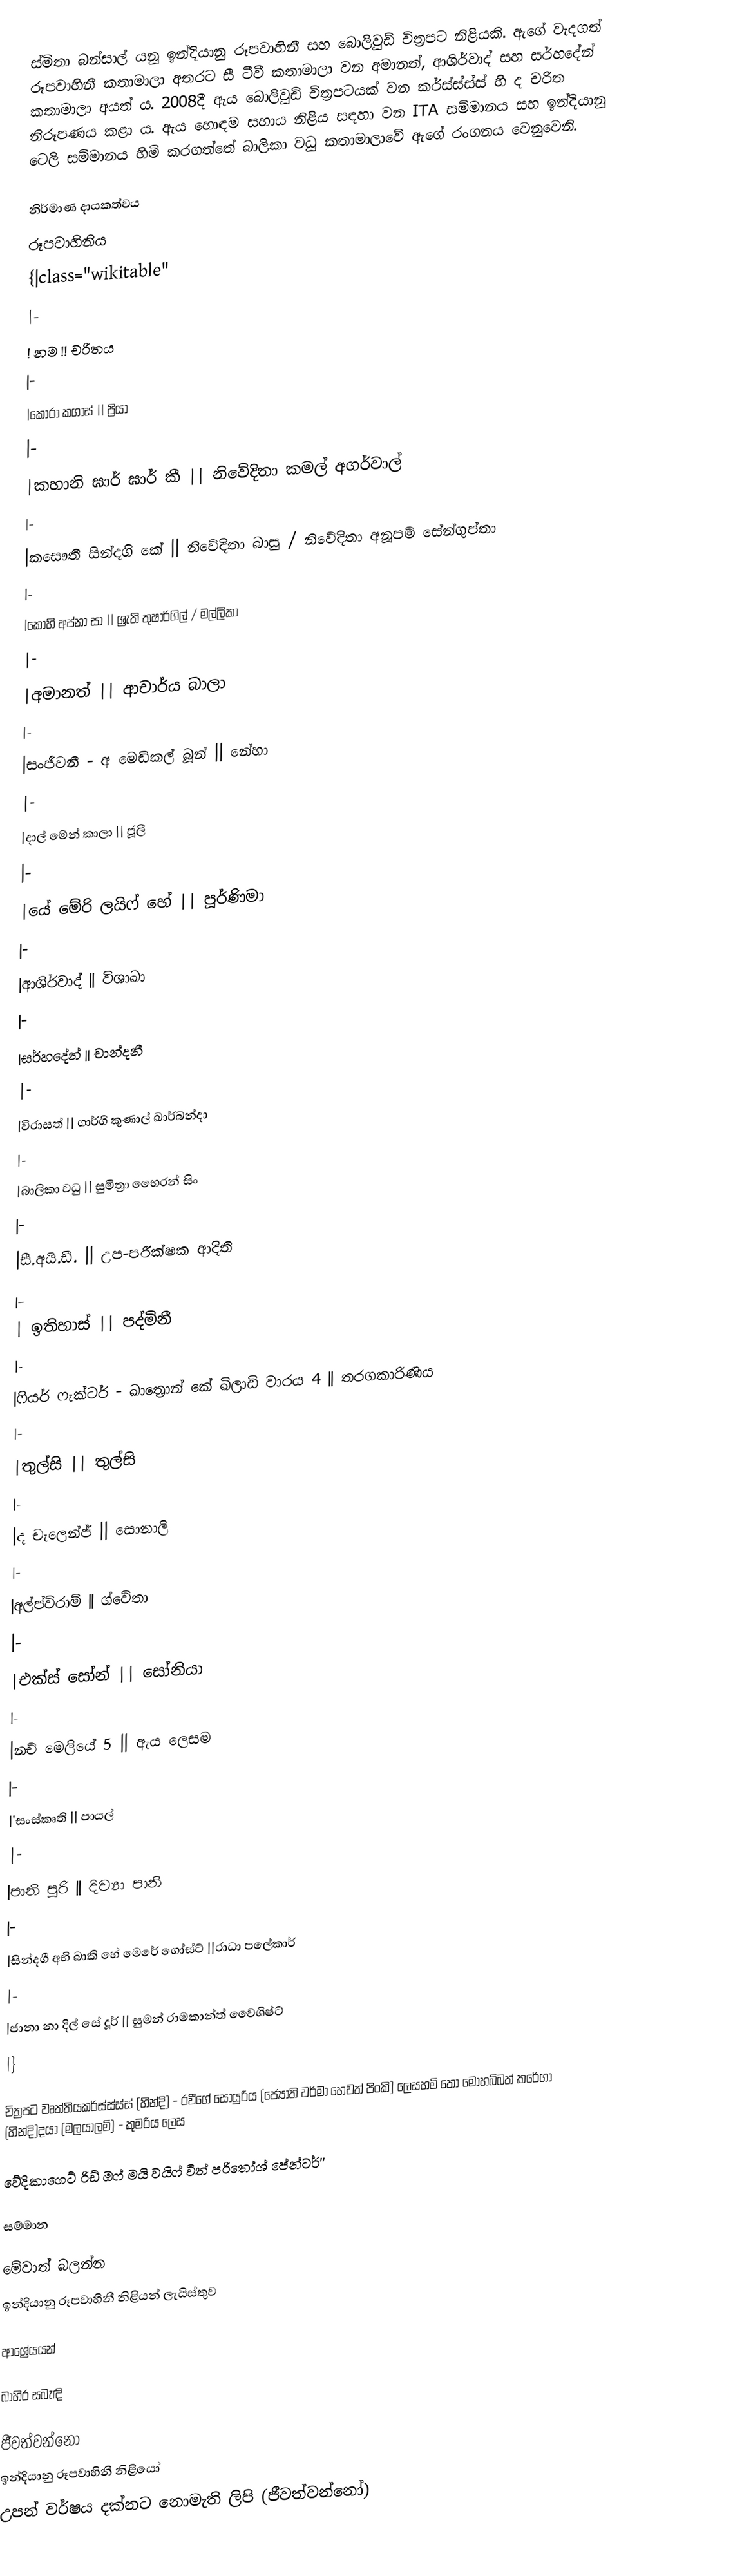
ස්මිතා බන්සාල් යනු ඉන්දියානු රූපවාහිනී සහ බොලිවුඩ් චිත්‍රපට නිළියකි. ඇගේ වැදගත් රූපවාහිනී කතාමාලා අතරට සී ටීවී කතාමාලා වන අමානත්, ආශිර්වාද් සහ සර්හදේන් කතාමාලා අයත් ය. 2008දී ඇය බොලිවුඩ් චිත්‍රපටයක් වන කර්ස්ස්ස්ස් හි ද චරිත නිරූපණය කළා ය. ඇය හොඳම සහාය නිළිය සඳහා වන ITA සම්මානය සහ ඉන්දියානු ටෙලි සම්මානය හිමි කරගත්තේ බාලිකා වධු කතාමාලාවේ ඇගේ රංගනය වෙනුවෙනි.

නිර්මාණ දායකත්වය
රූපවාහිනිය
{|class="wikitable"
|-
! නම !! චරිතය
|-
|කෝරා කගාස් || ප්‍රියා
|-
|කහානි ඝාර් ඝාර් කී || නිවේදිතා කමල් අගර්වාල්
|-
|කසෞතී සින්දගි කේ || නිවේදිතා බාසු / නිවේදිතා අනූපම් සේන්ගුප්තා
|-
|කොහි අප්නා සා || ශ්‍රැති තුෂාර්ගිල් / මල්ලිකා
|-
|අමානත් || ආචාර්ය බාලා
|-
|සංජීවනී - අ මෙඩිකල් බූන් || නේහා
|-
|දාල් මේන් කාලා || ජූලී
|-
|යේ මේරි ලයිෆ් හේ || පූර්ණිමා
|-
|ආශිර්වාද් || විශාඛා
|-
|සර්හදේන් || චාන්දනී
|-
|විරාසත් || ගාර්ගි කුණාල් ඛාර්බන්දා
|-
|බාලිකා වධු || සුමිත්‍රා භෛරන් සිං
|-
|සී.අයි.ඩී. || උප-පරීක්ෂක ආදිති
|-
| ඉතිහාස් || පද්මිනී
|-
|ෆියර් ෆැක්ටර් - ඛාත්‍රොන් කේ ඛිලාඩි වාරය 4 || තරගකාරිණිය
|-
|තුල්සි || තුල්සි
|-
|ද චැලෙන්ජ් || සොනාලි
|-
|අල්ප්විරාම් || ශ්වේතා
|-
|එක්ස් සෝන් || සෝනියා
|-
|නච් මෙලියේ 5 || ඇය ලෙසම
|-
|'සංස්කෘති || පායල්
|-
|පානි පූරි || දිව්‍යා පානි
|-
|සින්දගී අභි බාකි හේ මෙරේ ගෝස්ට් ||රාධා පලේකාර්
|-
|ජානා නා දිල් සේ දූර් || සුමන් රාමකාන්ත් වෛශිෂ්ට්
|}

චිත්‍රපට වෘත්තියකර්ස්ස්ස්ස් (හින්දි) - රවීගේ සොයුරිය (ජ්‍යෝති වර්මා හෙවත් පිංකි) ලෙසහම් තෝ මොහබ්බත් කරේගා (හින්දි)දයා (මලයාලම්) - කුමරිය ලෙස

වේදිකාගෙට් රිඩ් ඔෆ් මයි වයිෆ් විත් පරිතෝශ් පේන්ටර්''

සම්මාන

මේවාත් බලන්න
 ඉන්දියානු රූපවාහිනී නිළියන් ලැයිස්තුව

ආශ්‍රේයයන්

බාහිර සබැඳි

ජීවත්වන්නෝ
ඉන්දියානු රූපවාහිනී නිළියෝ
උපන් වර්ෂය දක්නට නොමැති ලිපි (ජීවත්වන්නෝ)